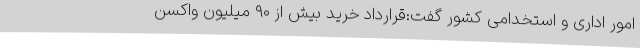
امور اداری و استخدامی کشور گفت:قرارداد خرید بیش از ۹۰ میلیون واکسن